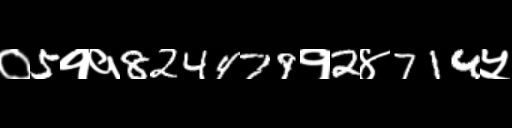
Text: ०5११824479१2४714५